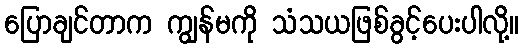
ပြောချင်တာက ကျွန်မကို သံသယဖြစ်ခွင့်ပေးပါလို့။